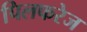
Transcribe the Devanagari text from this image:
पिलफरेज